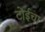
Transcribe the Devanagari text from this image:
टोईचा